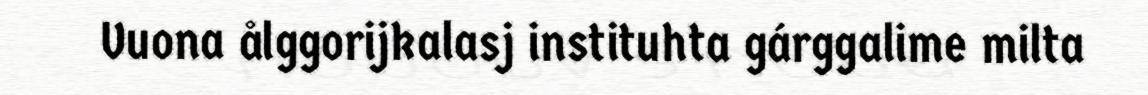
Vuona ålggorijkalasj instituhta gárggalime milta